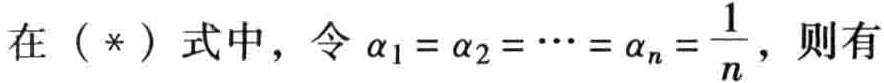
在（*）式中，令\(\alpha_1 = \alpha_2 = \cdots = \alpha_n = \frac{1}{n}\)，则有